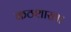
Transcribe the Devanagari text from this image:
कठशाखा